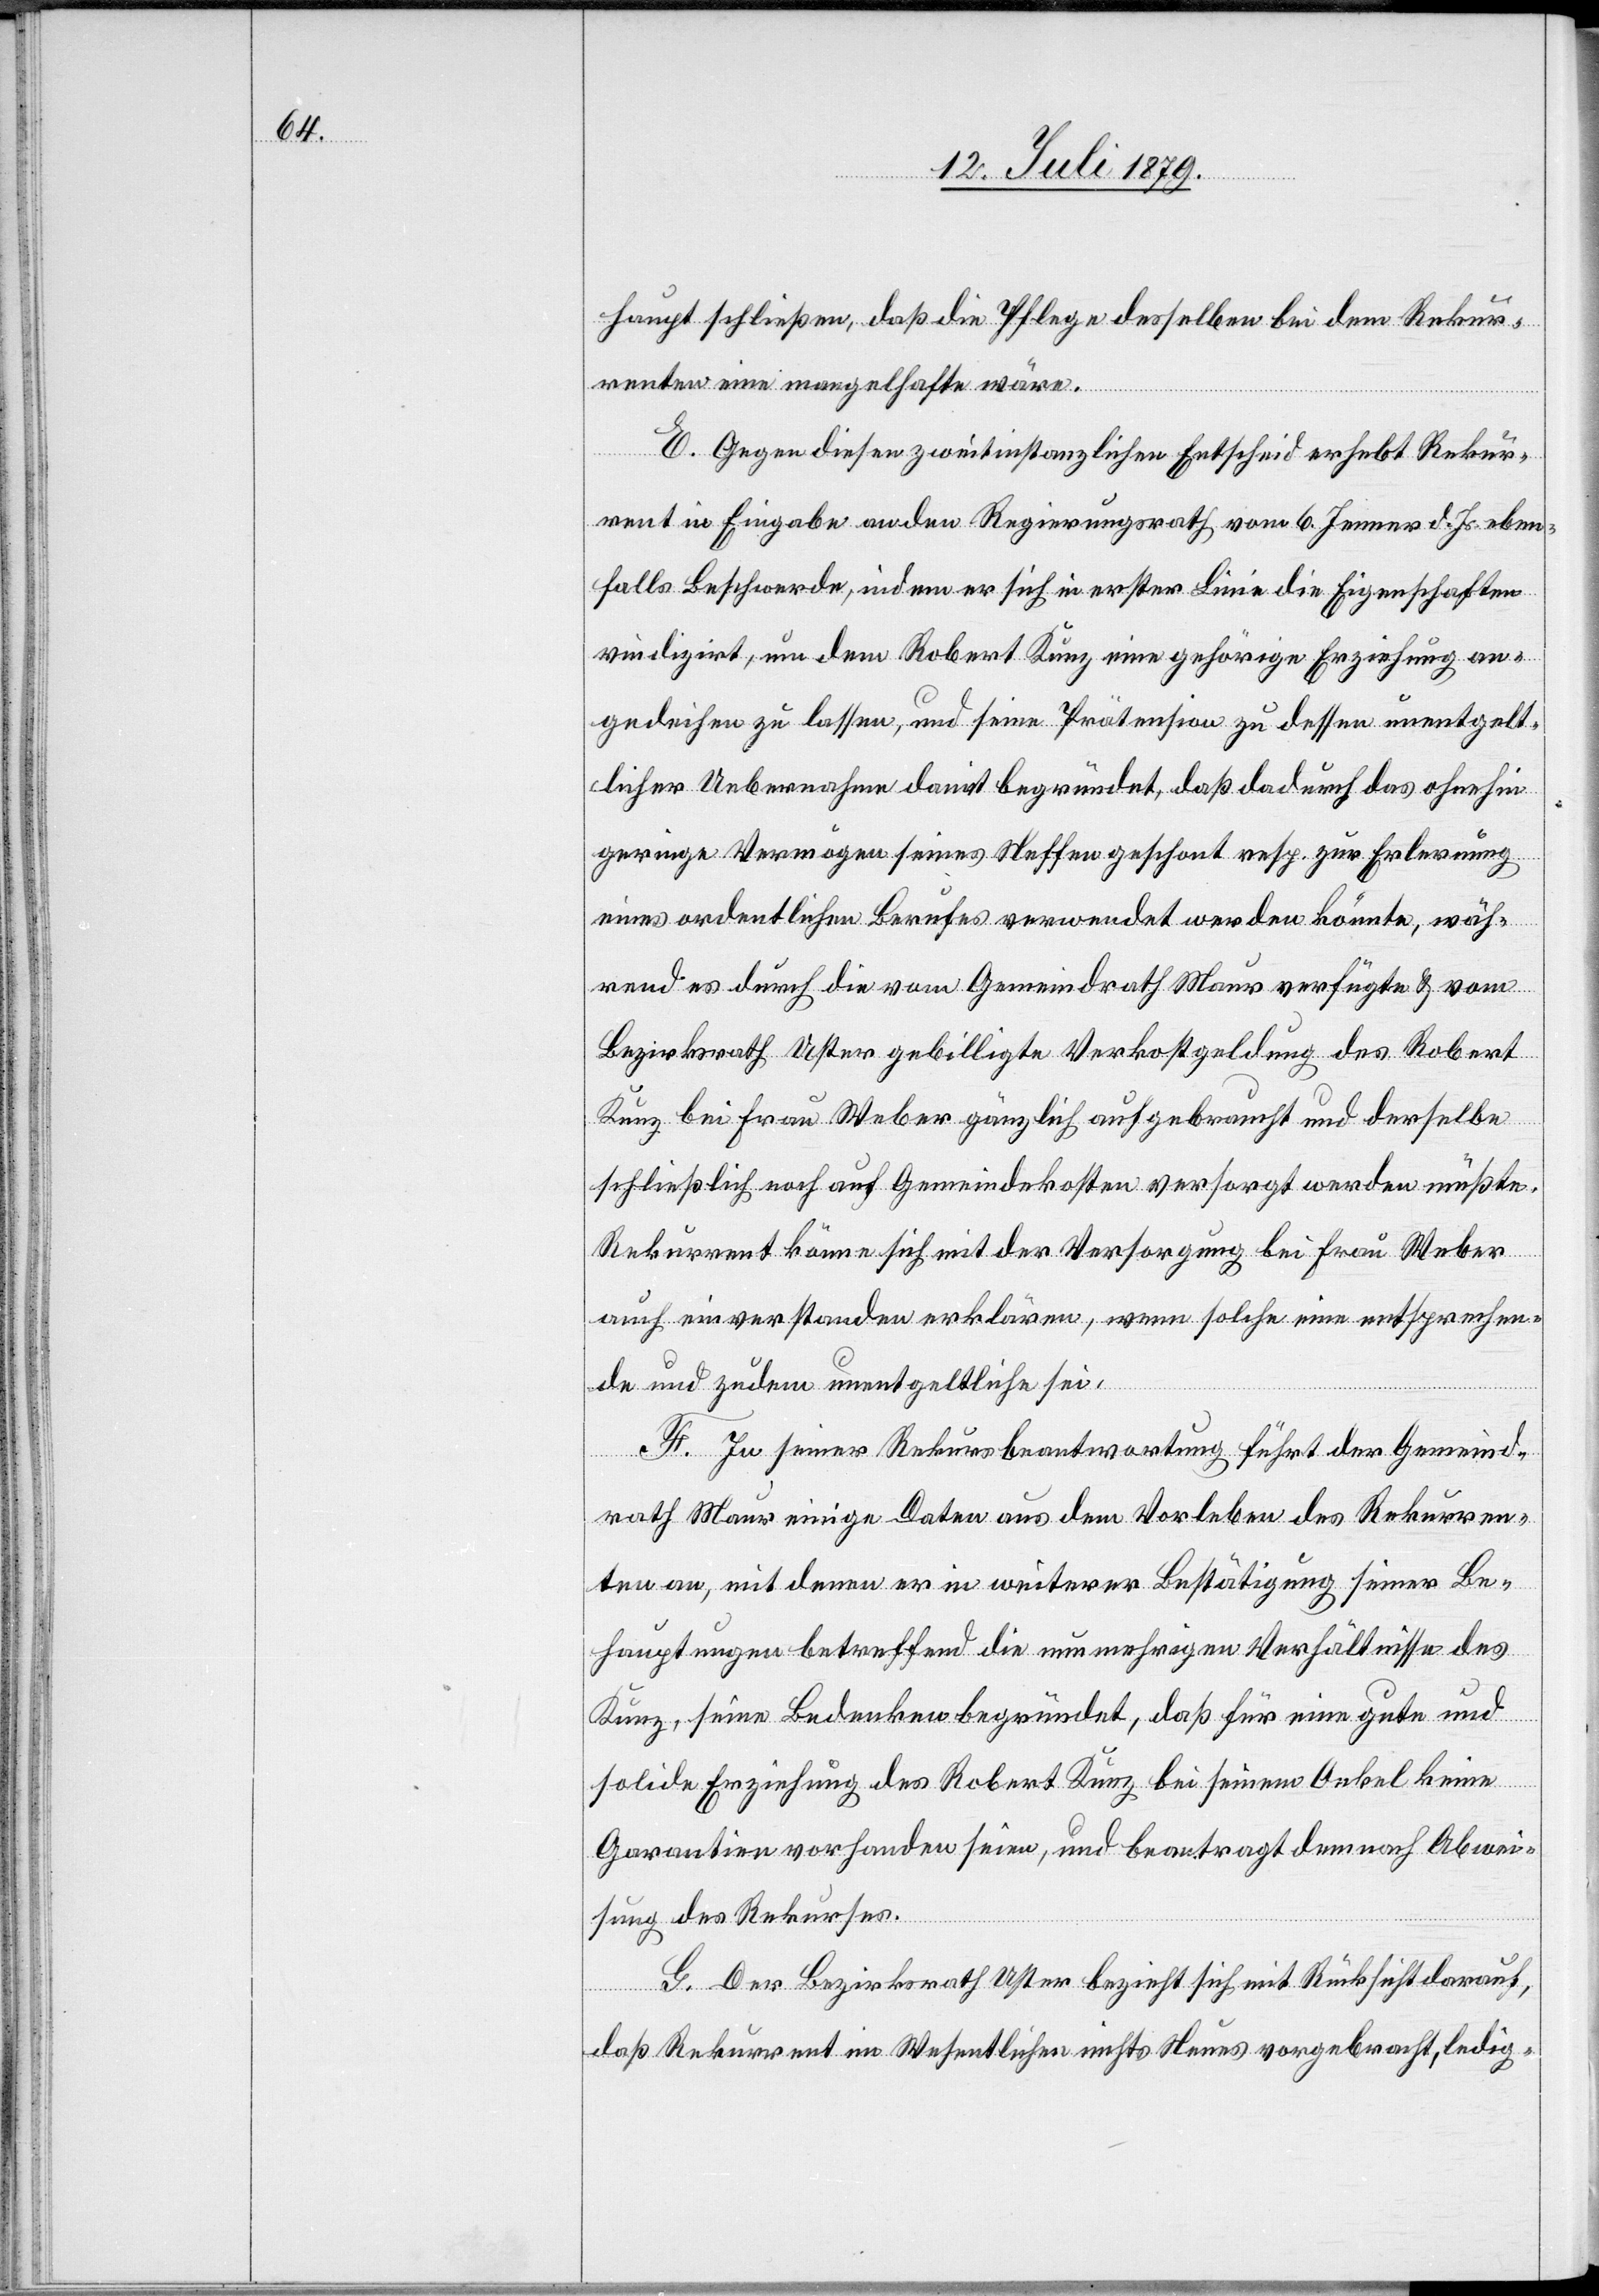
haupt schließen, daß die Pflege desselben bei dem Rekur¬
renten eine mangelhafte wäre.
E. Gegen diesen zweitinstanzlichen Entscheid erhebt Rekur¬
rent in Eingabe an den Regierungsrath vom 6. Jenner d. Js. eben¬
falls Beschwerde, indem er sich in erster Linie die Eigenschaften
vindizirt, um dem Robert Kunz eine gehörige Erziehung an¬
gedeihen zu lassen, und seine Prätension zu dessen unentgelt¬
licher Uebernahme damit begründet, daß dadurch das ohnehin
geringe Vermögen seines Neffen geschont resp. zur Erlernung
eines ordentlichen Berufes verwendet werden könnte, wäh¬
rend es durch die vom Gemeindrath Maur verfügte & vom
Bezirksrath Uster gebilligte Verkostgeldung des Robert
Kunz bei Frau Weber gänzlich aufgebraucht und derselbe
schließlich noch auf Gemeindekosten versorgt werden müßte.
Rekurrent könne sich mit der Versorgung bei Frau Weber
auch einverstanden erklären, wenn solche eine entsprechen¬
de und zudem unentgeltliche sei.
F. In seiner Rekursbeantwortung führt der Gemeind¬
rath Maur einige Daten aus dem Vorleben des Rekurren¬
ten an, mit denen er in weiterer Bestätigung seiner Be¬
hauptungen betreffend die nunmehrigen Verhältnisse des
Kunz, seine Bedenken begründet, daß für eine gute und
solide Erziehung des Robert Kunz bei seinem Onkel keine
Garantien vorhanden seien, und beantragt demnach Abwei¬
sung des Rekurses.
G. Der Bezirksrath Uster bezieht sich mit Rücksicht darauf,
daß Rekurrent im Wesentlichen nichts Neues vorgebracht, ledig-